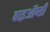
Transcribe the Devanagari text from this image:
बाइऑप्सी